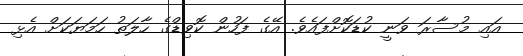
އައި މުސާރަ ވަނީ ކުޑަކޮށްފައެވެ. އޭގެ ފަހުން ކޮވިޑްގެ ހާލަތު ހަމަޔަކަށް އެޅި